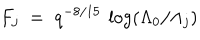
F _ { j } \; = \; q ^ { - 8 / 1 5 } \: \log ( \Lambda _ { 0 } ^ { } / \Lambda _ { j } ^ { } )